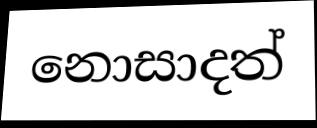
නොසාදත්